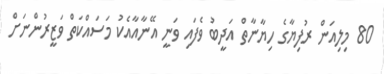
80 މިލިއަން ރުފިޔާގެ ހިޔާނާތް އަދީބު ވެފައި ވަނީ އޭނާއާއެކު މަސައްކަތް ވަޒީރުންނަށް